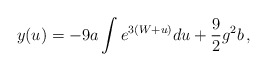
\begin{align*}y(u) = -9a \int e^{3(W + u)} du + \frac 92 g^2 b\,,\end{align*}